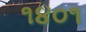
૧૪૦૧